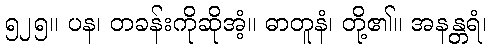
၅၂၅။ ပန၊ တခန်းကိုဆိုအံ့။ ဓာတူနံ၊ တို့၏။ အနန္တရံ၊